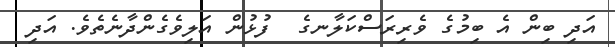
އަދި ބިން އެ ބިމުގެ ވެރިރަސްކަލާނގެ  ފުޅުން އަލިވެގެންދާނެތެވެ. އަދި